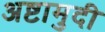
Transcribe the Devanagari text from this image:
अष्टामुदी